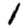
Digit: 1